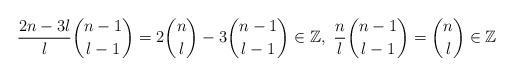
LaTeX: \begin{align*}\frac{2n-3l}l\binom{n-1}{l-1}=2\binom{n}l-3\binom{n-1}{l-1}\in\mathbb{Z},\ \frac nl\binom{n-1}{l-1}=\binom nl\in\mathbb{Z}\end{align*}